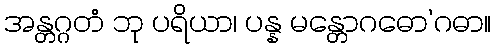
အန္တဂ္ဂတံ ဘု ပရိယာ၊ ပန္န မန္တောဂဓော’ဂဓာ။